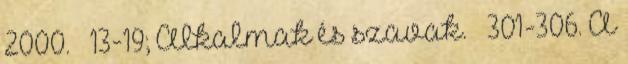
2000. – 13-19; Alkalmak és szavak. – 301-306. A